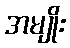
အမျိုး